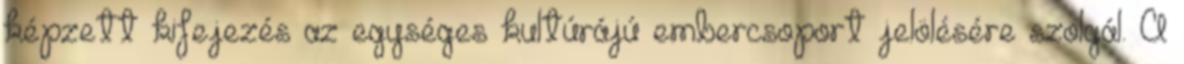
képzett kifejezés az egységes kultúrájú embercsoport jelölésére szolgál. A